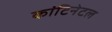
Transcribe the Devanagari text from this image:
कांटिनेटल